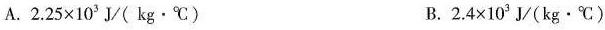
A.$$2 . 2 5 × 1 0 ^ { 3 } J / ( k g · ℃ )$$ B.$$2 . 4 × 1 0 ^ { 3 } J /